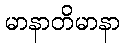
မာနာတိမာနာ